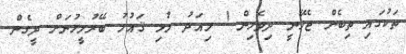
ތަކުގައި ތިބެން ޖެހޭނީ ދިވެހިން ! މިއަދު މުޅި ޤައުމު ބޭރުމީހުނަށް ދީގެން